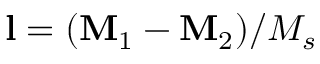
\mathbf { l } = ( \mathbf { M } _ { 1 } - \mathbf { M } _ { 2 } ) / M _ { s }